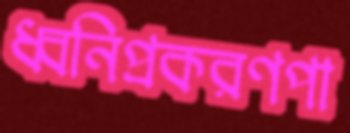
ধ্বনিপ্রকরণপা